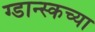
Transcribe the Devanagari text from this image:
ग्डान्स्कच्या